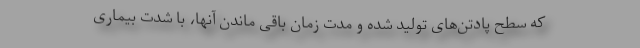
که سطح پادتن‌های تولید شده و مدت زمان باقی ماندن آنها، با شدت بیماری